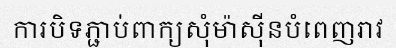
ការបិទភ្ជាប់ពាក្យសុំម៉ាស៊ីនបំពេញរាវ